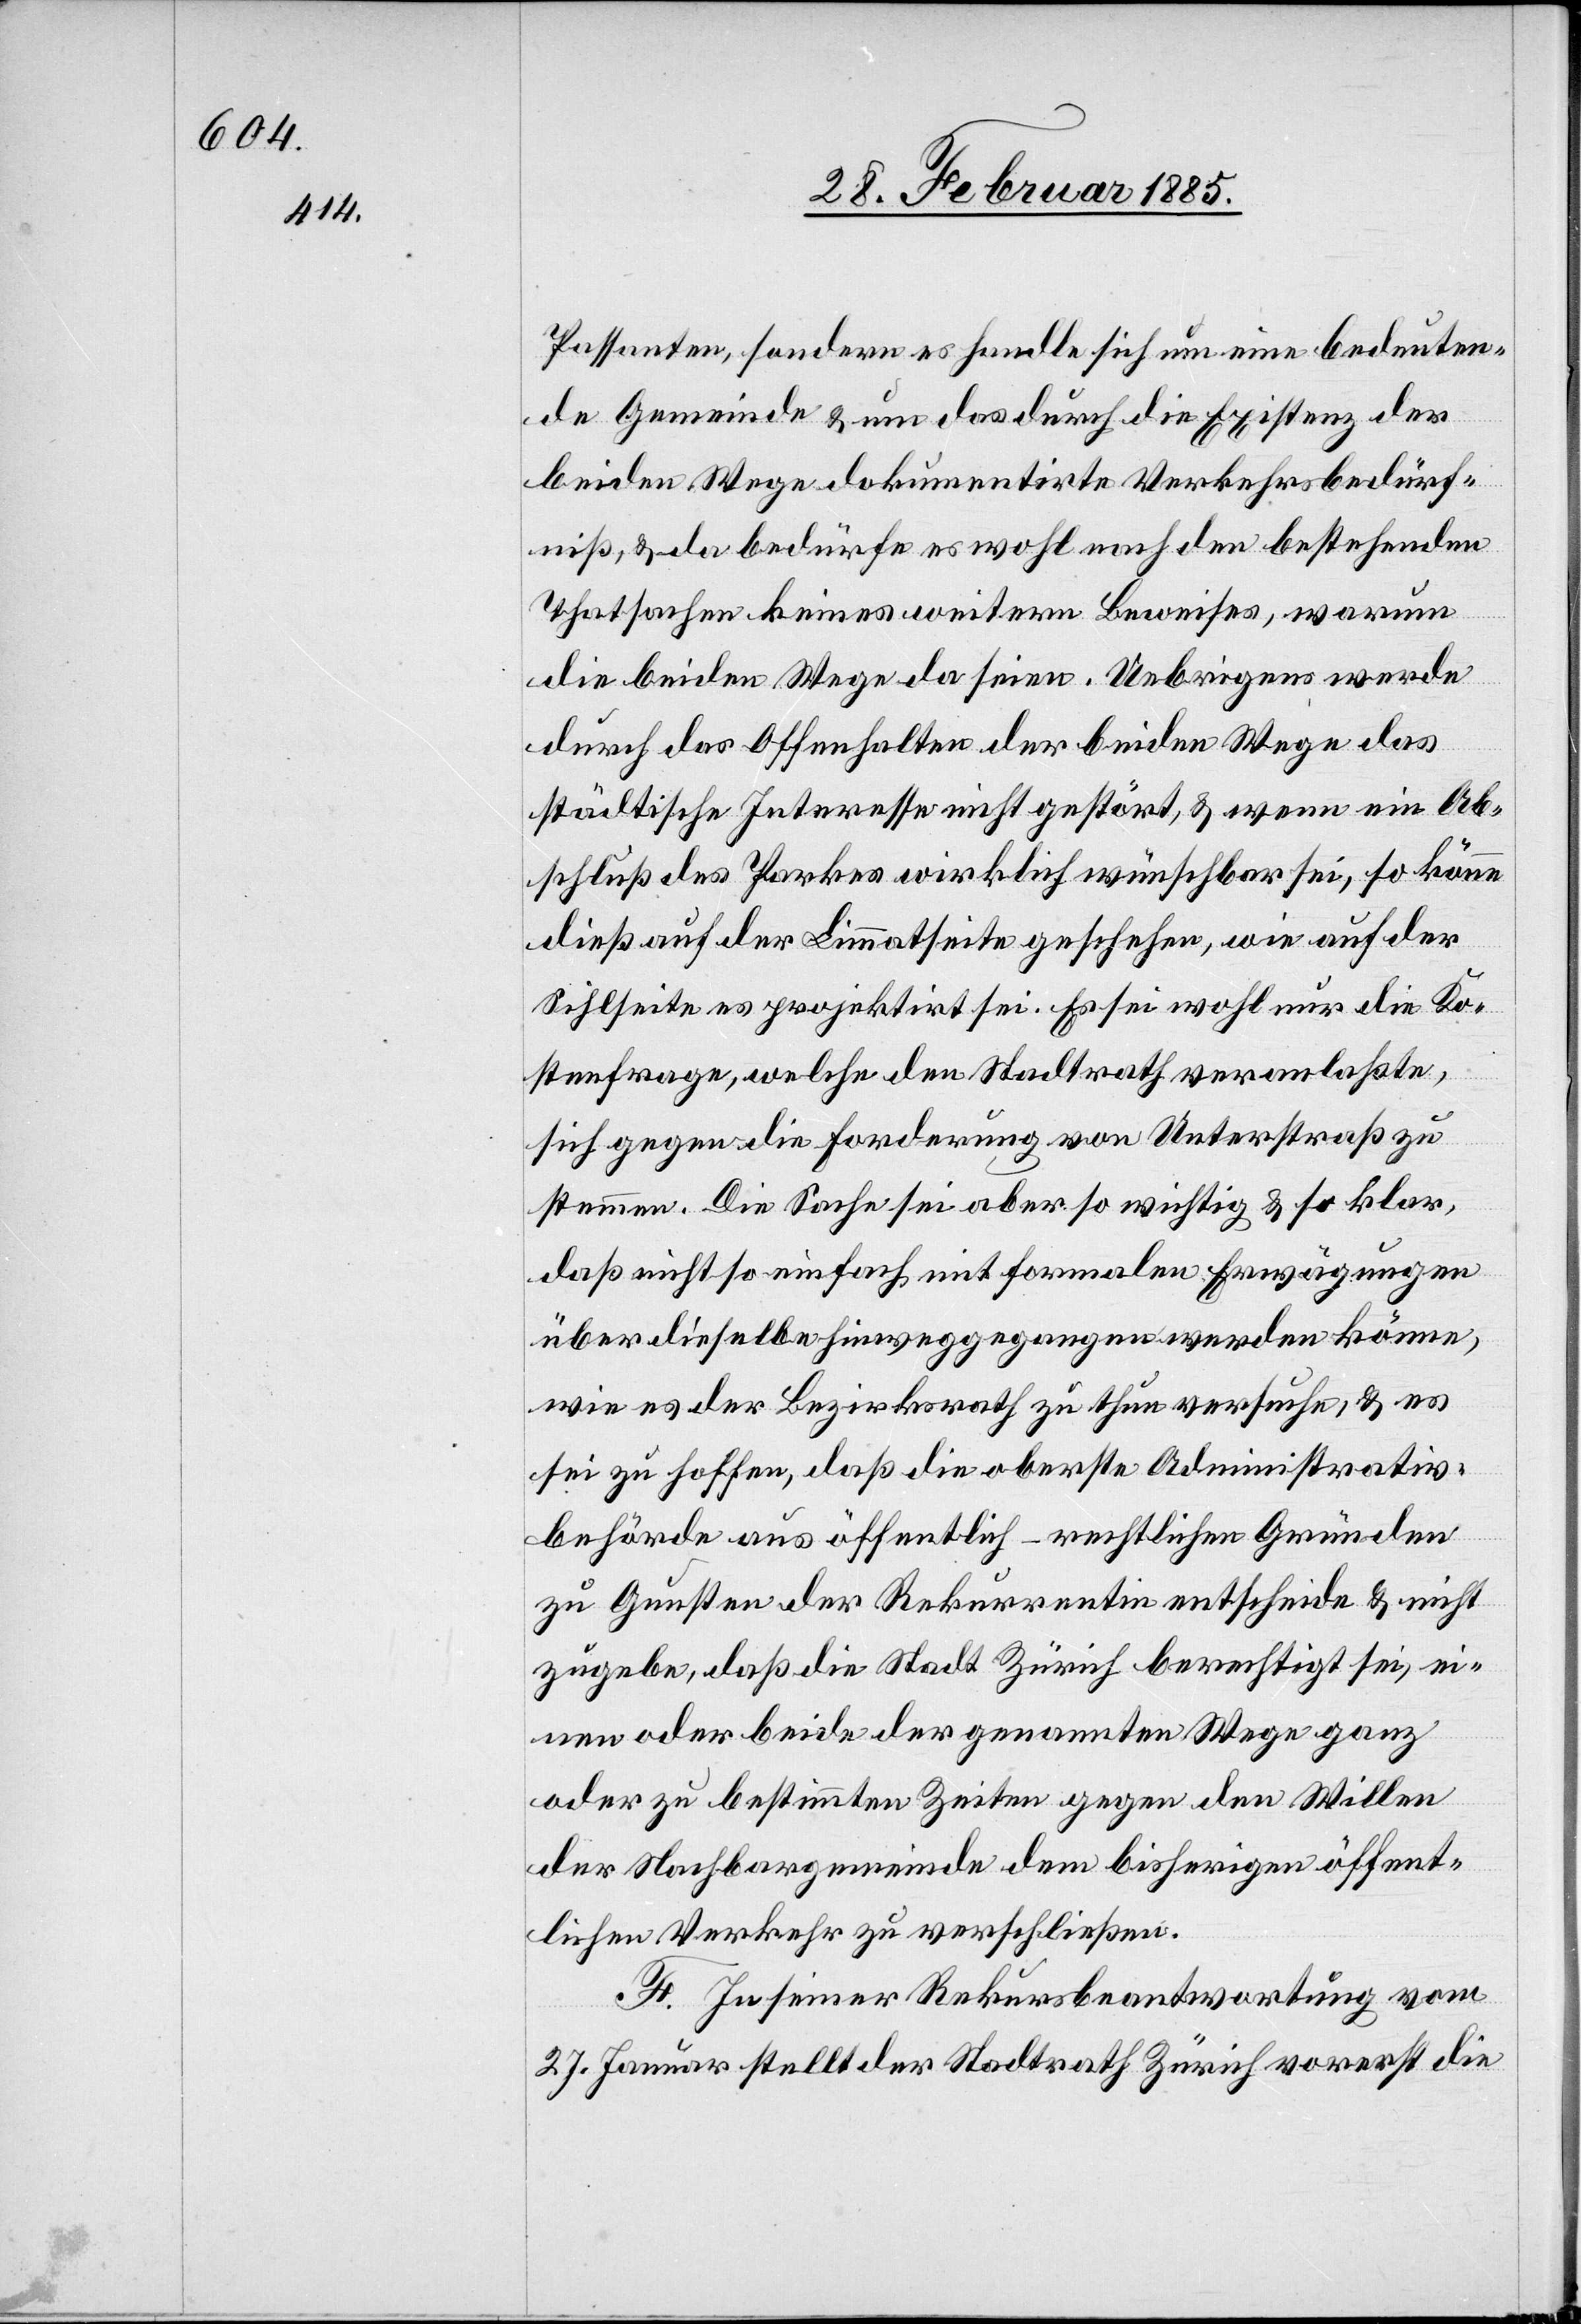
Passanten, sondern es handle sich um eine bedeuten¬
de Gemeinde & um das durch die Existenz der
beiden Wege dokumentirte Verkehrsbedürf¬
niß, & da bedürfe es wohl nach dem bestehenden
Thatsachen keines weitern Beweises, warum
die beiden Wege da seien. Uebrigens werde
durch das Offenhalten der beiden Wege das
städtische Interesse nicht gestört, & wenn ein Ab¬
schluß des Parkes wirklich wünschbar sei, so könne
dies auf der Limmatseite geschehen, wie auf der
Sihlseite es projektirt sei. Es sei wohl nur die Ko¬
stenfrage, welche den Stadtrath veranlaßte,
sich gegen die Forderung von Unterstraß zu
stemmen. Die Sache sei aber so wichtig & so klar,
daß nicht so einfach mit formalen Erwägungen
über dieselbe hinweggegangen werden könne,
wie es der Bezirksrath zu thun versuche, & es
sei zu hoffen, daß die oberste Administrativ¬
behörde aus öffentlichrechtlichen Gründen
zu Gunsten der Rekurrentin entscheide & nicht
zugebe, daß die Stadt Zürich berechtigt sei, ei¬
nen oder beide der genannten Wege ganz
oder zu bestimmten Zeiten gegen den Willen
der Nachbargemeinde dem bisherigen öffent¬
lichen Verkehr zu verschließen.
F. In seiner Rekursbeantwortung vom
27. Januar stellt der Stadtrath Zürich vorerst die